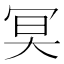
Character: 𠖇